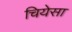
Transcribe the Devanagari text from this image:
चियेसा